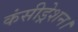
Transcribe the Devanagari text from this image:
कंसीड्रेशन।